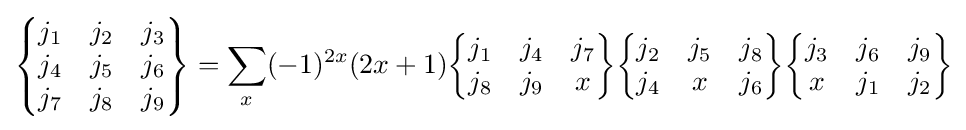
{\begin{Bmatrix}j_{1}&j_{2}&j_{3}\\j_{4}&j_{5}&j_{6}\\j_{7}&j_{8}&j_{9}\end{Bmatrix}}=\sum _{x}(-1)^{2x}(2x+1){\begin{Bmatrix}j_{1}&j_{4}&j_{7}\\j_{8}&j_{9}&x\end{Bmatrix}}{\begin{Bmatrix}j_{2}&j_{5}&j_{8}\\j_{4}&x&j_{6}\end{Bmatrix}}{\begin{Bmatrix}j_{3}&j_{6}&j_{9}\\x&j_{1}&j_{2}\end{Bmatrix}}